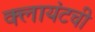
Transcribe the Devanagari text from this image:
क्लायंटची